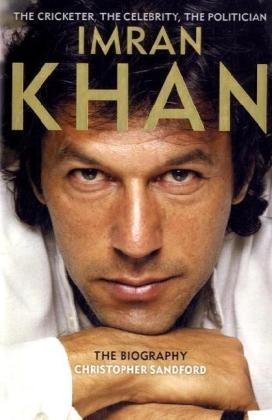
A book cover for Imran Khan; Christopher Sandford; Sports & Outdoors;